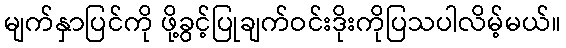
မျက်နှာပြင်ကို ဖို့ခွင့်ပြုချက်ဝင်းဒိုးကိုပြသပါလိမ့်မယ်။